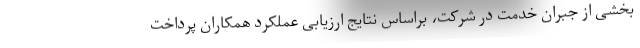
بخشی از جبران خدمت در شرکت، براساس نتایج ارزیابی عملکرد همکاران پرداخت